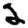
Digit: 2